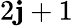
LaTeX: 2\mathbf{j}+1